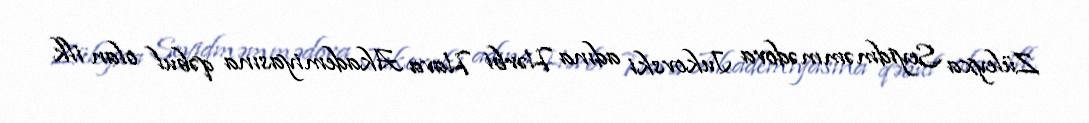
Züleyxa Seyidməmmədova Jukovski adına Hərbi Hava Akademiyasına qəbul olan ilk